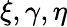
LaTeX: \xi,\gamma,\eta